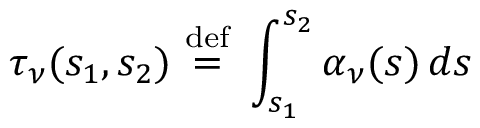
\tau _ { \nu } ( s _ { 1 } , s _ { 2 } ) \ { \stackrel { \mathrm { d e f } } { = } } \ \int _ { s _ { 1 } } ^ { s _ { 2 } } \alpha _ { \nu } ( s ) \, d s